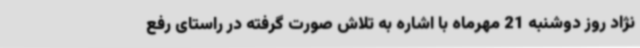
نژاد روز دوشنبه 21 مهرماه با اشاره به تلاش صورت گرفته در راستای رفع